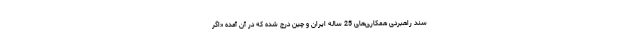
سند راهبردی همکاری‌های 25 ساله ایران و چین درج شده که در آن آمده «اگر